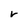
Character: r